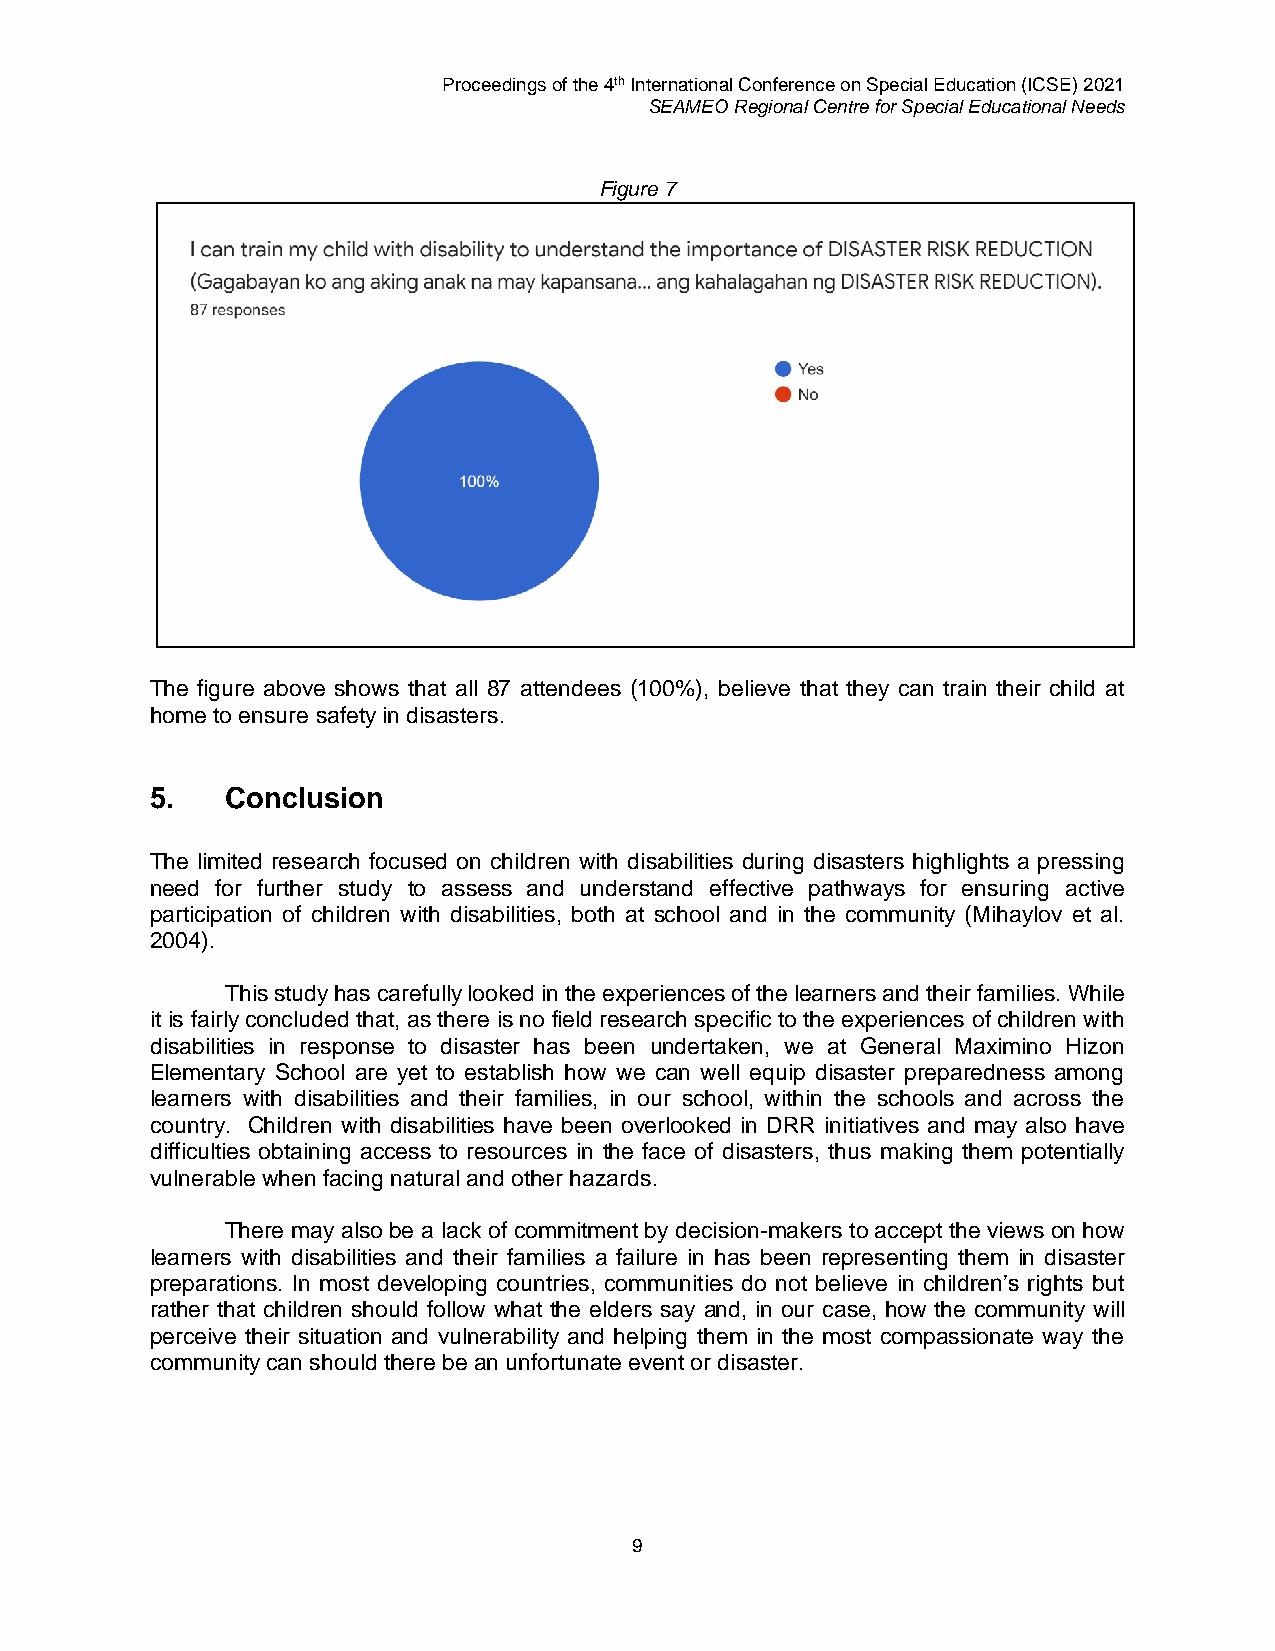
Proceedings of the 4th International Conference on Special Education (ICSE) 2021
 SEAMEO Regional Centre for Special Educational Needs
 Figure 7
 The figure above shows that all 87 attendees (100%), believe that they can train their child at
 home to ensure safety in disasters.
 5.   Conclusion
 The limited research focused on children with disabilities during disasters highlights a pressing
 need for further study to assess and understand effective pathways for ensuring active
 participation of children with disabilities, both at school and in the community (Mihaylov et al.
 2004).
 This study has carefully looked in the experiences of the learners and their families. While
 it is fairly concluded that, as there is no field research specific to the experiences of children with
 disabilities in response to disaster has been undertaken, we at General Maximino Hizon
 Elementary School are yet to establish how we can well equip disaster preparedness among
 learners with disabilities and their families, in our school, within the schools and across the
 country. Children with disabilities have been overlooked in DRR initiatives and may also have
 difficulties obtaining access to resources in the face of disasters, thus making them potentially
 vulnerable when facing natural and other hazards.
 There may also be a lack of commitment by decision-makers to accept the views on how
 learners with disabilities and their families a failure in has been representing them in disaster
 preparations. In most developing countries, communities do not believe in children’s rights but
 rather that children should follow what the elders say and, in our case, how the community will
 perceive their situation and vulnerability and helping them in the most compassionate way the
 community can should there be an unfortunate event or disaster.
 9